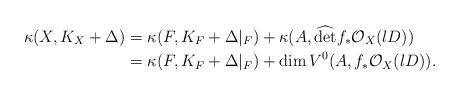
LaTeX: \begin{align*}\kappa(X, K_X+\Delta)&=\kappa(F, K_F+\Delta|_F)+\kappa(A, \widehat{\det} f_*\mathcal{O}_X(lD))\\&=\kappa(F, K_F+\Delta|_F)+\dim V^0(A, f_*\mathcal{O}_X(lD)).\end{align*}